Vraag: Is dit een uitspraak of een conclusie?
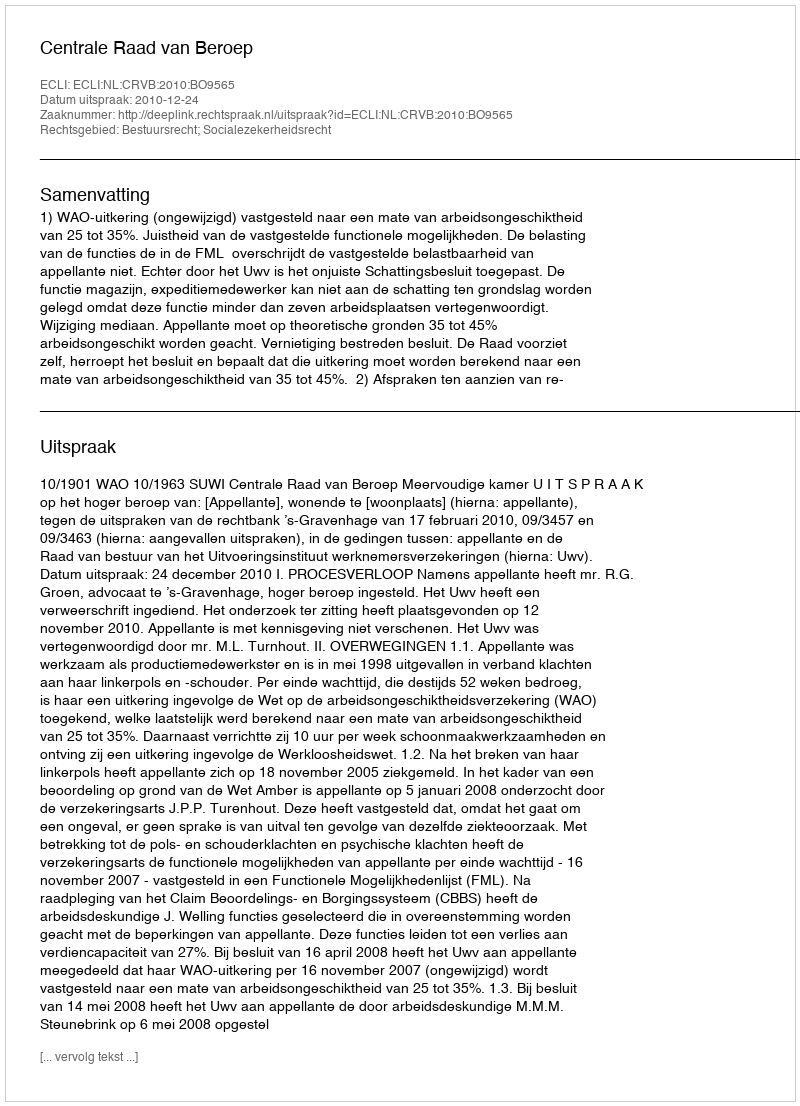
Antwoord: Uitspraak